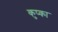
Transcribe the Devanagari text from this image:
कुप्का